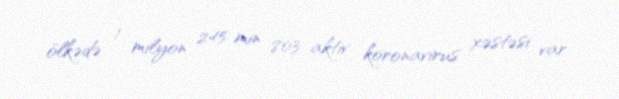
ölkədə 1 milyon 245 min 803 aktiv koronavirus xəstəsi var.